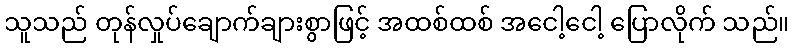
သူသည် တုန်လှုပ်ချောက်ချားစွာဖြင့် အထစ်ထစ် အငေါ့ငေါ့ ပြောလိုက် သည်။